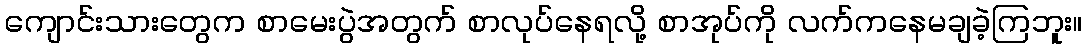
ကျောင်းသားတွေက စာမေးပွဲအတွက် စာလုပ်နေရလို့ စာအုပ်ကို လက်ကနေမချခဲ့ကြဘူး။